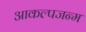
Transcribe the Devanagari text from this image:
आकल्पजन्म